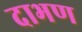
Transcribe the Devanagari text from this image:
दाभण